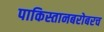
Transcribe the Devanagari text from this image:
पाकिस्तानबरोबरच